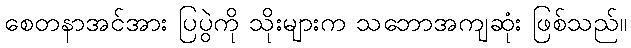
စေတနာအင်အား ပြပွဲကို သိုးများက သဘောအကျဆုံး ဖြစ်သည်။